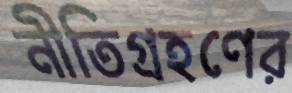
নীতিগ্রহণের